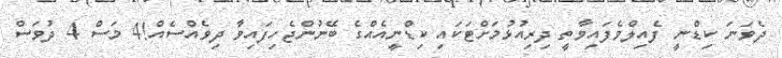
ދެވަނަ ކިޑްނީ ފެއިލްވެފައިވާތީ ދިރިއުޅުމަށްޓަކައި ކިޑްނީއެއްގެ ބޭނުންޖެހިފައިވާ ދިވެއްސެއް!4 މަސް 4 ދުވަސް